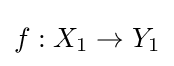
f:X_{1}\to Y_{1}